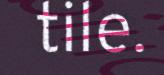
tile.